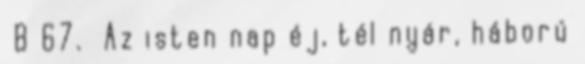
B 67. Az isten nap éj, tél nyár, háború